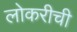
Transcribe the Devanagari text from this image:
लोकरीची